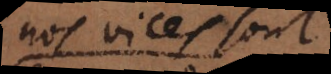
nos vices sont